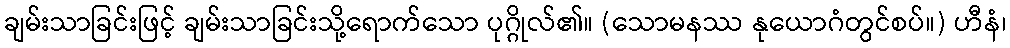
ချမ်းသာခြင်းဖြင့် ချမ်းသာခြင်းသို့ရောက်သော ပုဂ္ဂိုလ်၏။ (သောမနဿ နုယောဂံတွင်စပ်။) ဟီနံ၊